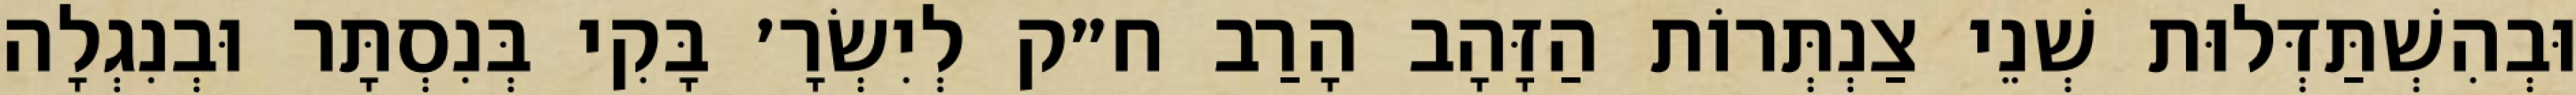
וּבְהִשְׁתַּדְּלוּת שְׁנֵי צַנְתְּרוֹת הַזָּהָב הָרַב ח״ק לְיִשְׂרָ׳ בָּקִי בְּנִסְתָּר וּבְנִגְלָה